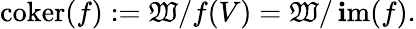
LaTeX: \operatorname{coker}(f):=\mathfrak{W}/f(V)=\mathfrak{W}/\operatorname{\mathbf{i}m}(f).